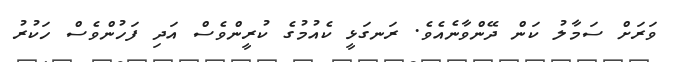
ވަރަށް ސަމާލު ކަން ދޭންވާނެއެވެ. ރަނގަޅީ ކެއުމުގެ ކުރީންވެސް އަދި ފަހުންވެސް ހަކުރު